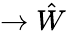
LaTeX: \rightarrow\hat{W}